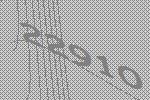
22910